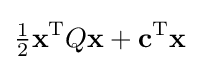
{\tfrac {1}{2}}\mathbf {x} ^{\mathrm {T} }Q\mathbf {x} +\mathbf {c} ^{\mathrm {T} }\mathbf {x}